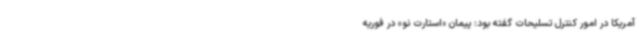
آمریکا در امور کنترل تسلیحات گفته بود: پیمان «استارت نو» در فوریه